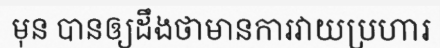
មុន បានឲ្យដឹងថាមានការវាយប្រហារ